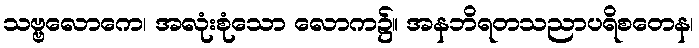
သဗ္ဗလောကေ၊ အလုံးစုံသော လောက၌။ အနဘိရတသညာပရိစတေန၊